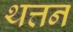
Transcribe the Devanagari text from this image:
थत्तन